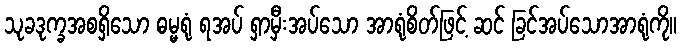
သုခဒုက္ခအစရှိသော ဓမ္မရုံ ရအပ် ရှာမှီးအပ်သော အာရုံစိတ်ဖြင့် ဆင် ခြင်အပ်သောအာရုံကို။